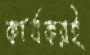
কার্যকরই